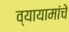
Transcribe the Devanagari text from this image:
व्यायामांचे